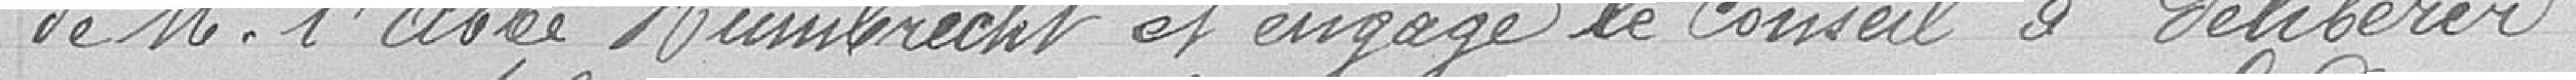
de M. l'abbé Humbrecht et engage le conseil à délibérer :